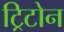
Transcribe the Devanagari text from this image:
ट्रिटोन